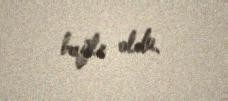
bağlı oldu.